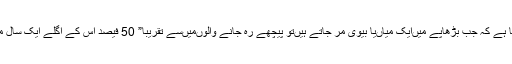
سٹڈیز سے پتہ چلتا ہے کہ جب بڑھاپے میں‌ایک میاں‌یا بیوی مر جاتے ہیں‌تو پیچھے رہ جانے والوں‌میں‌سے تقریبا” 50 فیصد اس کے اگلے ایک سال میں‌چل گذرتے ہیں۔